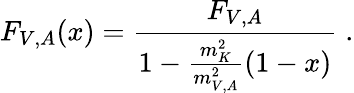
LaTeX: F_{V,A}(x)=\frac{F_{V,A}}{1-\frac{m_{K}^{2}}{m_{V,A}^{2}}(1-x)}\; .